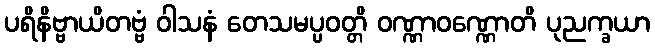
ပရိနိဗ္ဗာယိတဗ္ဗံ ဝါသနံ တေသမပ္ပဝတ္တိ ဝဏ္ဏာဝဏ္ဏောတိ ပုညက္ခယာ